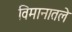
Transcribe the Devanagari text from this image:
विमानातले